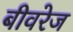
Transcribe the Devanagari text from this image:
बीवरेज